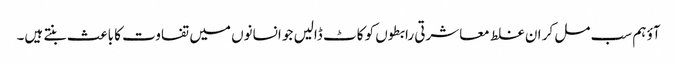
آؤ ہم سب مل کر ان غلط معاشرتی رابطوں کو کاٹ ڈالیں جو انسانوں میں تفاوت کا باعث بنتے ہیں۔